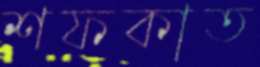
শফকাত